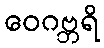
ဝေဂဗ္ဘရိ